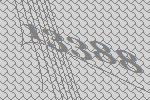
13388